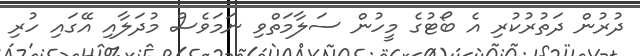
ދުރުން ދަތުރުކުރި އެ ބޯޓުގެ މީހުން ސަލާމަތްވި ނަމަވެސް މުދަލާއި އޭގައި ހުރި